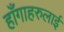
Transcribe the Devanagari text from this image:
हाँगाहरुलाई